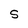
Character: S